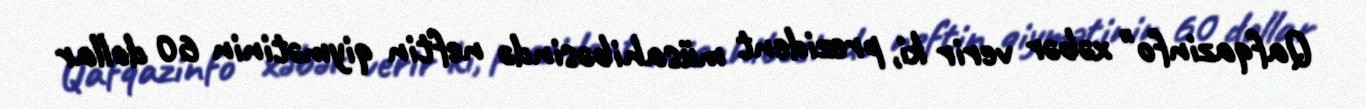
Qafqazinfo" xəbər verir ki, prezident müsahibəsində neftin qiymətinin 60 dollar